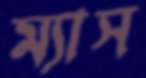
ম্যাস